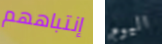
إنتباههم اليوم